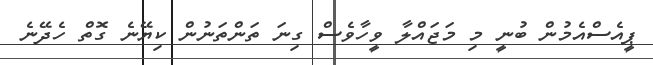
ޕީއެސްއެމުން ބުނީ މި މަޖައްލާ ވީހާވެސް ގިނަ ތަންތަނުން ކިޔޭނެ ގޮތް ހެދޭނެ